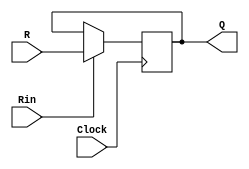
module regn(R, Rin, Clock, Q);
	parameter n = 16;
	input [n-1:0] R;
	input Rin, Clock;
	output [n-1:0] Q;
	reg [n-1:0] Q;
	
	initial
	begin
		Q <= 16'b0000000000000000;//inicia em 0
	end
	
	always @(posedge Clock)
		if (Rin)
			Q <= R;//escrita
endmodule


module regn7(R, Rin, Clock, Q, Done, EnableI);
	parameter n = 16;
	input [n-1:0] R;
	input Rin, Clock;
	input Done, EnableI;
	output [n-1:0] Q;
	reg [n-1:0] Q;
	
	initial
	begin
		Q <= 16'b0000000000000000;//inicia em 0
	end
	
	always @(posedge Clock)
		if (Rin)
			Q <= R;//escrita
			
	always @ (posedge Done or posedge EnableI)
	   Q = Q + 1;
endmodule